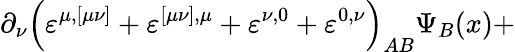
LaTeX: \partial_{\nu}\left(\varepsilon^{\mu,[\mu\nu]}+\varepsilon^{[\mu\nu],\mu}+\varepsilon^{\nu,0}+\varepsilon^{0,\nu}\right)_{AB}\Psi_{B}(x)+